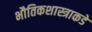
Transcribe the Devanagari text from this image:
भौतिकशास्त्राकडे